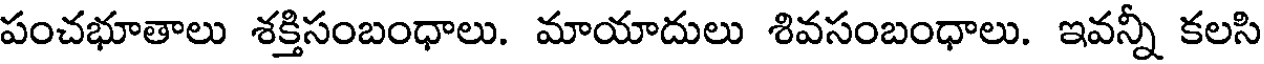
పంచభూతాలు శక్తిసంబంధాలు. మాయాదులు శివసంబంధాలు. ఇవన్నీ కలసి